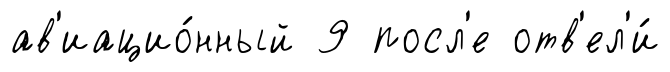
ав'иацио́нный 9 посл'е отв'ел'и́